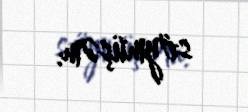
söymüşəm.